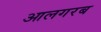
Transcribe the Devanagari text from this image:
आलगरब